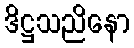
ဒိဋ္ဌသညိနော